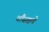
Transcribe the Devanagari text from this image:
चौसष्टचे